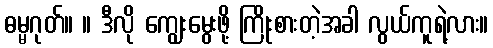
ဓမ္မဂုတ်။ ။ ဒီလို ကျွေးမွေးဖို့ ကြိုးစားတဲ့အခါ လွယ်ကူရဲ့လား။